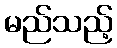
မည်သည့်